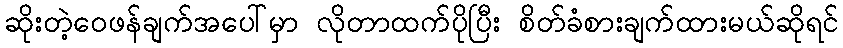
ဆိုးတဲ့ဝေဖန်ချက်အပေါ်မှာ လိုတာထက်ပိုပြီး စိတ်ခံစားချက်ထားမယ်ဆိုရင်